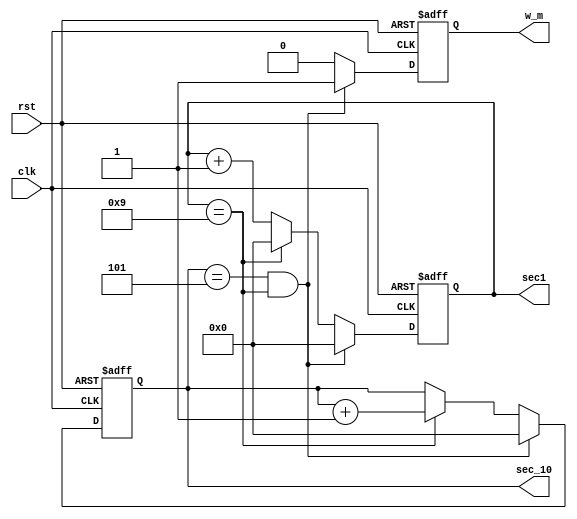
module second(clk, rst, w_m, sec_10, sec1);  
	input 	clk, rst;
	output 	[3:0] sec_10, sec1;        //  0~9    4 .
	output	w_m;
	
	reg		[3:0] sec_10, sec1;
	reg		w_m;
		
	always @(posedge clk or negedge rst)
		if(!rst) begin
			sec1 		<= 4'b0;
			sec_10	<= 4'd0;
			w_m		<= 0;
		end
		
		else if(sec_10 == 4'd5 && sec1 == 4'd9) begin // 59,   0 , w_m .
			sec1		<= 4'd0;
			sec_10	<= 4'd0;
			w_m		<= 1;
		end
		
		else if(sec1 == 4'd9) begin           //   9    0   1.
			sec1 		<= 4'd0;
			sec_10	    <= sec_10 + 4'd1;
			w_m		    <= 0;
		end
				
		else begin                        //      1 .
			sec1 		<= sec1 + 4'd1;
			sec_10	<= sec_10;
			w_m		<= 0;
		end
	
endmodule